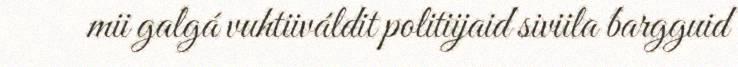
mii galgá vuhtiiváldit politiijaid siviila bargguid